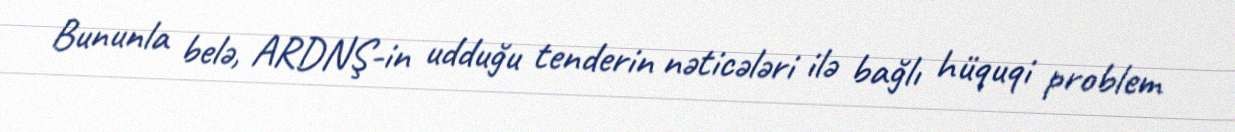
Bununla belə, ARDNŞ-in udduğu tenderin nəticələri ilə bağlı hüquqi problem